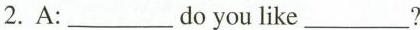
2.A:___do you like___?